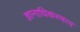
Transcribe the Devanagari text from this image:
ज्ञानाधिकरणत्व